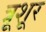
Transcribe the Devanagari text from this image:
त्रूशूर